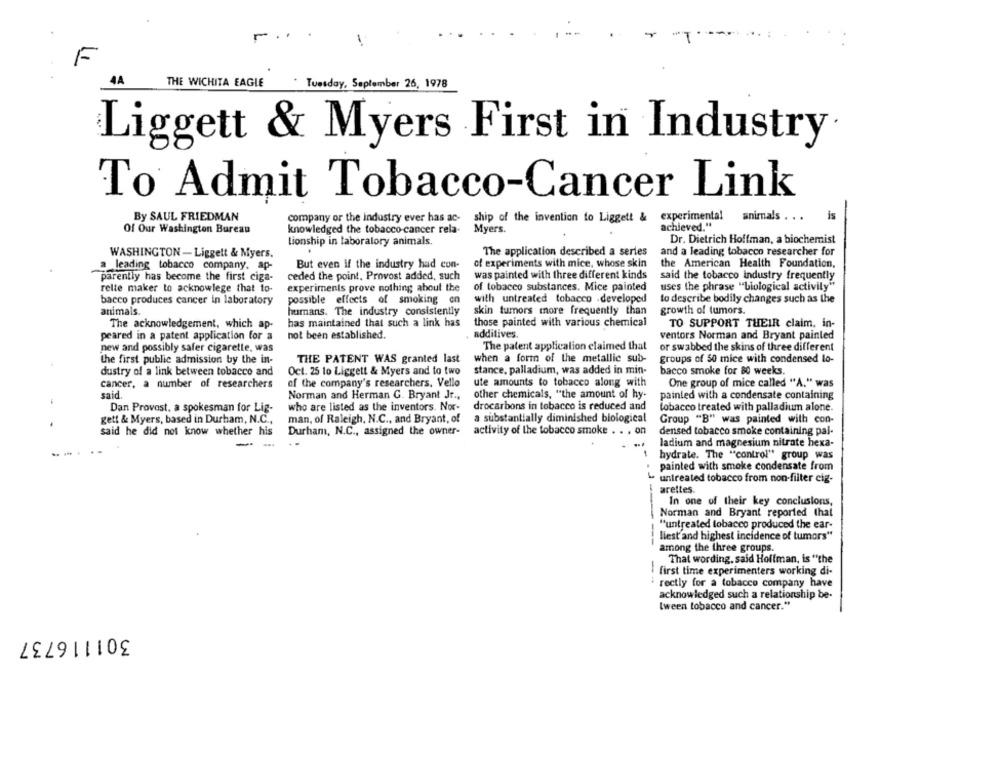
-
F
THE WICHITA EAGLE
Tuesday, September 26, 1978
Liggett & Myers First in Industry.
To Admit Tobacco-Cancer Link
By SAUL FRIEDMAN
company or the industry ever has ac- ship of the invention to Liggett & experimental animals . ..
experimental
animals . ..
is
achieved."
Of Our Washington Bureau
knowledged the tobacco cancer rela-
Myers.
tionship in laboralory animals.
Dr. Dietrich Hoffman, a biochemist
WASHINGTON - Liggett & Myers.
The application described a series
and a leading tobacco researcher for
a leading tobacco company. ap-
But even if the industry had con-
of experiments with mice, whose skin
the American Health Foundation.
parentiy has become the first ciza-
ceded the point, Provost added, such
was painted with three different kinds
said the tobacco industry frequently
relle maker to acknowlege that to-
experiments prove nothing about the
of tobacco substances. Mice painted
uses the phrase "biological activity"
bacco produces cancer in laboratory
possible effects of smoking con
with untreated tobacco .developed
to describe bodily changes such as the
animals.
humans. The industry consistently
skin tumors more frequently than
growth of tumors.
The acknowledgement, which ap-
has maintained that such a link has
those painted with various chemical
TO SUPPORT THEIR claim, in-
not been established.
additives.
peared in a patent application for a
ventors Norman and Bryant painted
new and possibly safer cigarette, was
The patent application claimed that
or swabbed the skins of three different
the first public admission by the in-
THE PATENT WAS granted last
when a form of the metallic sub-
groups of 50 mice with condensed lo-
dustry of a link between tobacco and
Oct. 25 to Liggett & Myers and to two
stance, palladium, was added in min-
bacco smoke for 80 weeks.
cancer, a number of researchers
of the company's researchers. Vello
ute amounts to tobacco along with
One group of mice called "A." was
said.
other chemicals, "the amount of hy-
Norman and Herman G. Bryant Jr .,
painted with a condensate containing
Dan Provost, a spokesman for Lig-
who are listed as the inventors. Nor-
drocarbons in tobacco is reduced and
tobacco treated with palladium alone.
gett & Myers, based in Durham, N.C .,
man, of Raleigh, N.C ., and Bryant, of
a substantially diminished biological
Group "B" was painted with con-
said he did not know whether his
Durham, N.C ., assigned the owner-
activity of the tobacco smoke . . . on
densed tobacco smoke containing pal-
ladium and magnesium nitrate hexa-
hydrate. The "control" group was
painted with smoke condensate from
untreated tobacco from non-filter cig-
arettes.
In one of their key conclusions,
Norman and Bryant reported that
"untreated tobacco produced the ear-
liest and highest incidence of tumors"
among the three groups.
That wording, said Hoffman, is "the
first time experimenters working di-
rectly for a tobacco company have
acknowledged such a relationship be-
[ween tobacco and cancer."
301116737